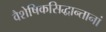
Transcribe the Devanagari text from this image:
वैशेषिकसिद्धान्तानां